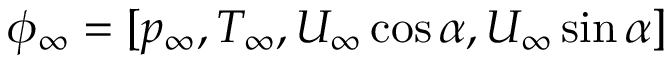
\phi _ { \infty } = [ p _ { \infty } , T _ { \infty } , U _ { \infty } \cos \alpha , U _ { \infty } \sin \alpha ]